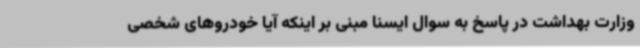
وزارت بهداشت در پاسخ به سوال ایسنا مبنی بر اینکه آیا خودروهای شخصی